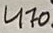
Text: 470